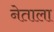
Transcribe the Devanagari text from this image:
नेताला